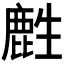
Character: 𪊟